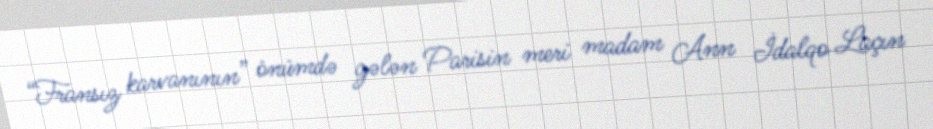
“Fransız karvanının” önümdə gələn Parisin meri madam Ann İdalqo Laçın